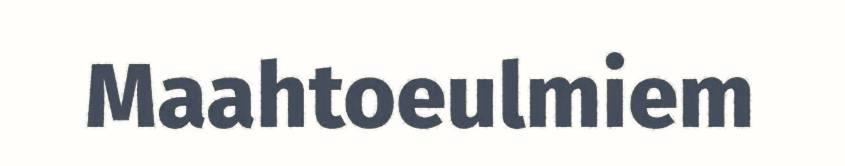
Maahtoeulmiem